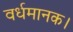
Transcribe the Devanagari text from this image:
वर्धमानक।